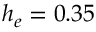
h _ { e } = 0 . 3 5